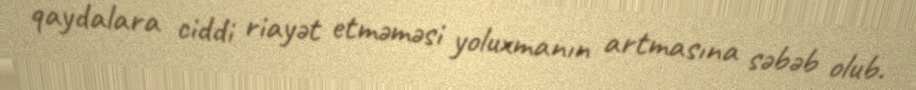
qaydalara ciddi riayət etməməsi yoluxmanın artmasına səbəb olub.